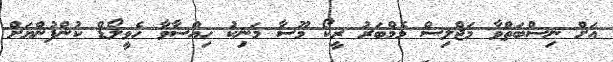
އަށް ނިސްބަތްވާ މަޖްލިސް މެމްބަރު ރީކޯ މޫސާ މަނިކު ހިއްސާވާ ހެވީލޯޑް ކުންފުންޔަށް